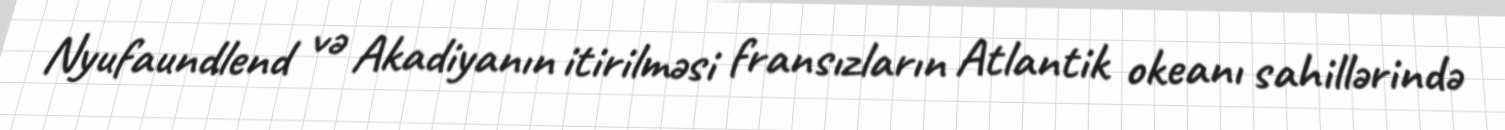
Nyufaundlend və Akadiyanın itirilməsi fransızların Atlantik okeanı sahillərində